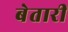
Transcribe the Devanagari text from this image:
बेतारी